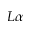
L \alpha